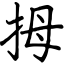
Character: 拇